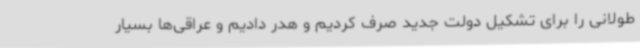
طولانی را برای تشکیل دولت جدید صرف کردیم و هدر دادیم و عراقی‌ها بسیار